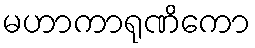
မဟာကာရုဏိကော